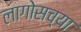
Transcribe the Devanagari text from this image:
लागोसच्या